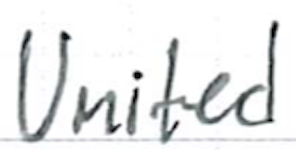
Text: United
Cross-out: clean
Writing tool: ballpoint